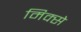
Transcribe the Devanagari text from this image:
मिक्से